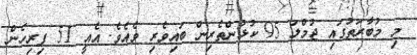
މި މުބާރަތުގައި ޖުމްލަ 95 ކުޅުންތެރިން ބައިވެރި ވެއެވެ. އެއީ 51 ފިރިހެން